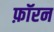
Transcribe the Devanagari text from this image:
फ़ॉरन